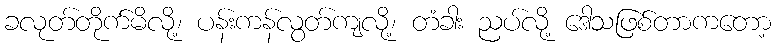
ခလုတ်တိုက်မိလို့၊ ပန်းကန်လွတ်ကျလို့၊ တံခါး ညပ်လို့ ဒေါသဖြစ်တာကတော့